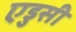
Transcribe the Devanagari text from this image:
एडुसी